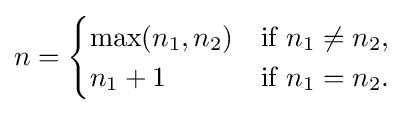
n={\begin{cases}\max(n_{1},n_{2})&{\text{if }}n_{1}\neq n_{2},\\n_{1}+1&{\text{if }}n_{1}=n_{2}.\end{cases}}